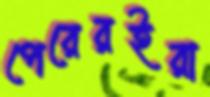
পেরেরইরা